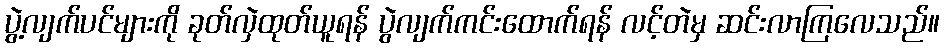
ပွဲ့လျက်ပင်များကို ခုတ်လှဲထုတ်ယူရန် ပွဲလျက်ကင်းထောက်ရန် လင့်တဲမှ ဆင်းလာကြလေသည်။